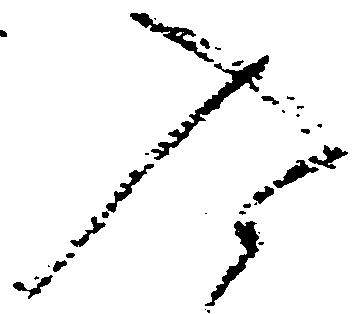
入